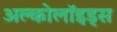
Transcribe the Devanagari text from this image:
अल्कोलॉइड्स